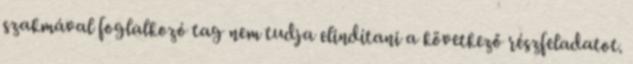
szakmával foglalkozó tag nem tudja elindítani a következő részfeladatot.